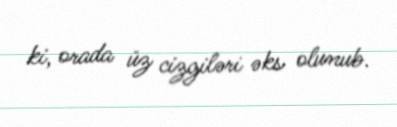
ki, orada üz cizgiləri əks olunub.